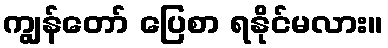
ကျွန်တော် ပြေစာ ရနိုင်မလား။